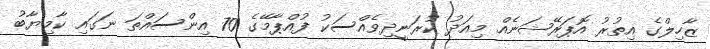
ޒާހިލްގެ އިތުރު އޮޕަރޭޝަނެއް މިއަދު ކުރަނީދިވެއްސަކު ފުއްޕާމޭގެ 70 އިންސައްތަ ނަގައި ކާމިޔާބު